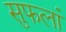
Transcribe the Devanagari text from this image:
सुफलां